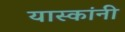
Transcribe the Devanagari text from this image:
यास्कांनी